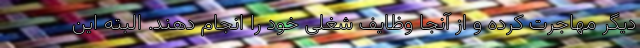
دیگر مهاجرت کرده و از آنجا وظایف شغلی خود را انجام دهند. البته این